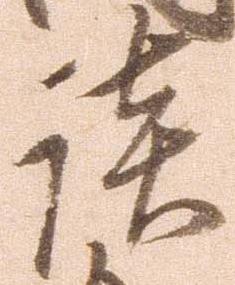
談